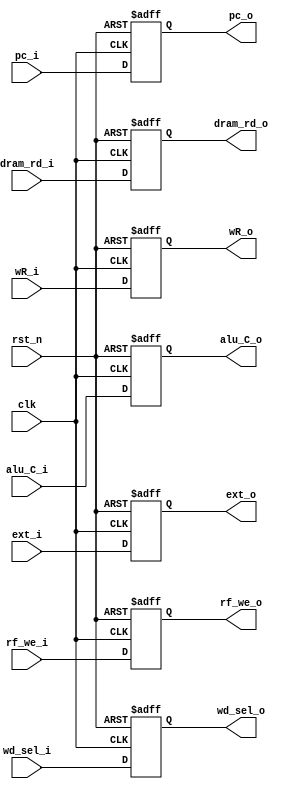
`timescale 1ns / 1ps

module MEM_WB_reg(
    input       clk,
    input       rst_n,
    input       rf_we_i,
    input [1:0] wd_sel_i,
    input [31:0] pc_i,
    input [31:0] dram_rd_i,
    input [31:0] alu_C_i,
    input [31:0] ext_i,
    input [4:0]  wR_i,
    output       rf_we_o,
    output [1:0] wd_sel_o,
    output [31:0] pc_o,
    output [31:0] dram_rd_o,
    output [31:0] alu_C_o,
    output [31:0] ext_o,
    output [4:0] wR_o
    );
    reg       rf_we;
    reg [1:0] wd_sel;
    reg [31:0] pc;
    reg [31:0] dram_rd;
    reg [31:0] alu_C;
    reg [31:0] ext;
    reg [4:0]  wR;
    assign wR_o = wR;
    assign rf_we_o = rf_we;
    assign wd_sel_o = wd_sel;
    assign pc_o = pc;
    assign alu_C_o = alu_C;
    assign dram_rd_o = dram_rd;
    assign ext_o = ext;

    always@(posedge clk or negedge rst_n) begin
        if (~rst_n) begin
            rf_we <= 0;
            wd_sel <= 2'b0;
            pc <= 32'b0;
            alu_C <= 32'b0;
            dram_rd <= 32'b0;
            ext <= 32'b0;
            wR <= 5'b0;
        end
        else begin
            rf_we <= rf_we_i;
            wd_sel <= wd_sel_i;
            pc <= pc_i;
            alu_C <= alu_C_i;
            dram_rd <= dram_rd_i;
            ext <= ext_i;
            wR <= wR_i;            
        end
    end
endmodule